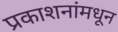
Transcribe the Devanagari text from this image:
प्रकाशनांमधून